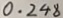
0 . 2 4 8